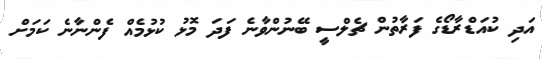
އަދި ކުއަޑްރާޑޯގެ ފަރާތުން ޗެލްސީ ބޭނުންވާނެ ފަދަ މޮޅު ކުޅުމެއް ފެންނާނެ ކަމަށް